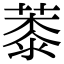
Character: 𦸓